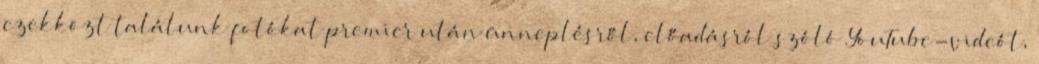
ezekközt találunk fotókat premier után ünneplésről, előadásról szóló YouTube-videót,